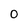
Character: 0